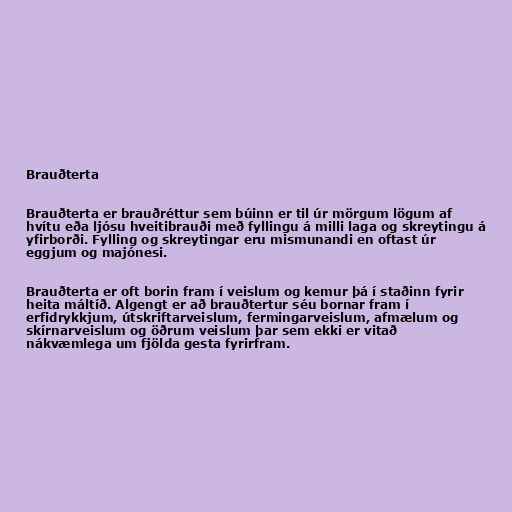
Brauðterta

Brauðterta er brauðréttur sem búinn er til úr mörgum lögum af
hvítu eða ljósu hveitibrauði með fyllingu á milli laga og skreytingu á
yfirborði. Fylling og skreytingar eru mismunandi en oftast úr
eggjum og majónesi.

Brauðterta er oft borin fram í veislum og kemur þá í staðinn fyrir
heita máltíð. Algengt er að brauðtertur séu bornar fram í
erfidrykkjum, útskriftarveislum, fermingarveislum, afmælum og
skírnarveislum og öðrum veislum þar sem ekki er vitað
nákvæmlega um fjölda gesta fyrirfram.